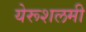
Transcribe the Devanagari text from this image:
येरूशलमी